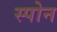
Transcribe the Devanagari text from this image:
स्पोन